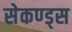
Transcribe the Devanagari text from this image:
सेकण्ड्स